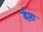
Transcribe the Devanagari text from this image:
ईप्टा